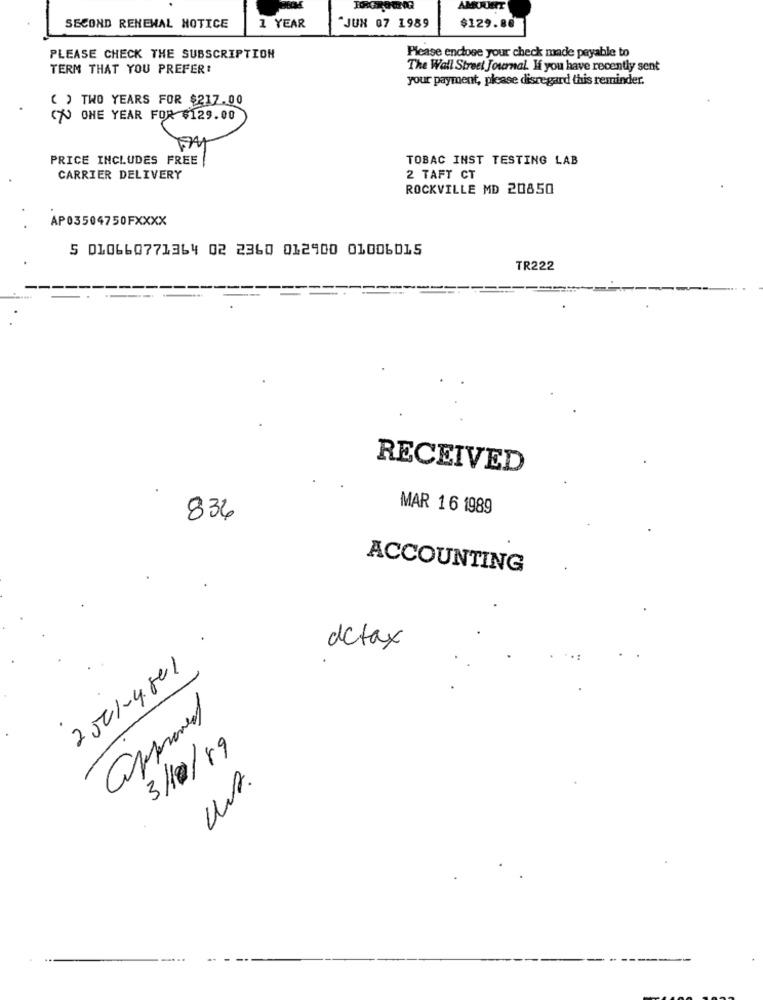
SECOND RENEWAL NOTICE
1 YEAR
"JUN 07 1989
$129.88
PLEASE CHECK THE SUBSCRIPTION
Please enclose your check made payable to
TERM THAT YOU PREFER!
The Wall Street Journal. H you have recently sent
your payment, please disregard this reminder.
( ) TWO YEARS FOR $217.00
70 ONE YEAR FOR $129.00
PRICE INCLUDES FREE
TOBAC INST TESTING LAB
CARRIER DELIVERY
2 TAFT CT
ROCKVILLE MD 20850
AP03504750FXXXX
5 010660771364 02 2360 012900 01006015
TR222
RECEIVED
MAR 16 1989
836
ACCOUNTING
dctax
2501-4801
approved
3/10/19